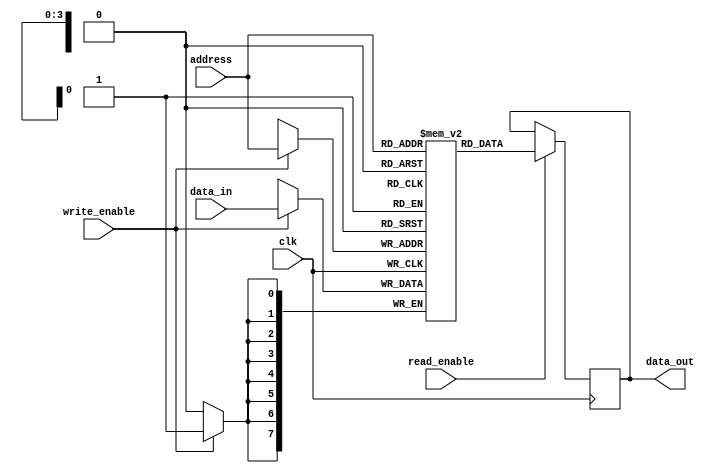
module parameterized_ram #(
    parameter DATA_WIDTH = 8,     // Width of each memory location
    parameter ADDR_WIDTH = 4       // Number of address lines
) (
    input wire clk,                // Clock signal
    input wire write_enable,       // Write enable signal
    input wire [ADDR_WIDTH-1:0] address, // Address input
    input wire [DATA_WIDTH-1:0] data_in, // Data input
    input wire read_enable,        // Read enable signal
    output reg [DATA_WIDTH-1:0] data_out // Data output
);

    // Memory array declaration
    reg [DATA_WIDTH-1:0] memory [(2**ADDR_WIDTH)-1:0];

    // Synchronous write operation
    always @(posedge clk) begin
        if (write_enable) begin
            memory[address] <= data_in; // Write data to memory
        end
    end

    // Synchronous read operation
    always @(posedge clk) begin
        if (read_enable) begin
            data_out <= memory[address]; // Read data from memory
        end
    end

endmodule